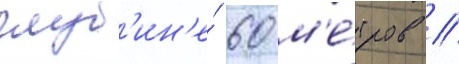
глуб'ин'е́ 60 м'е́тров //